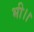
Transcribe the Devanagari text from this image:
भी।।